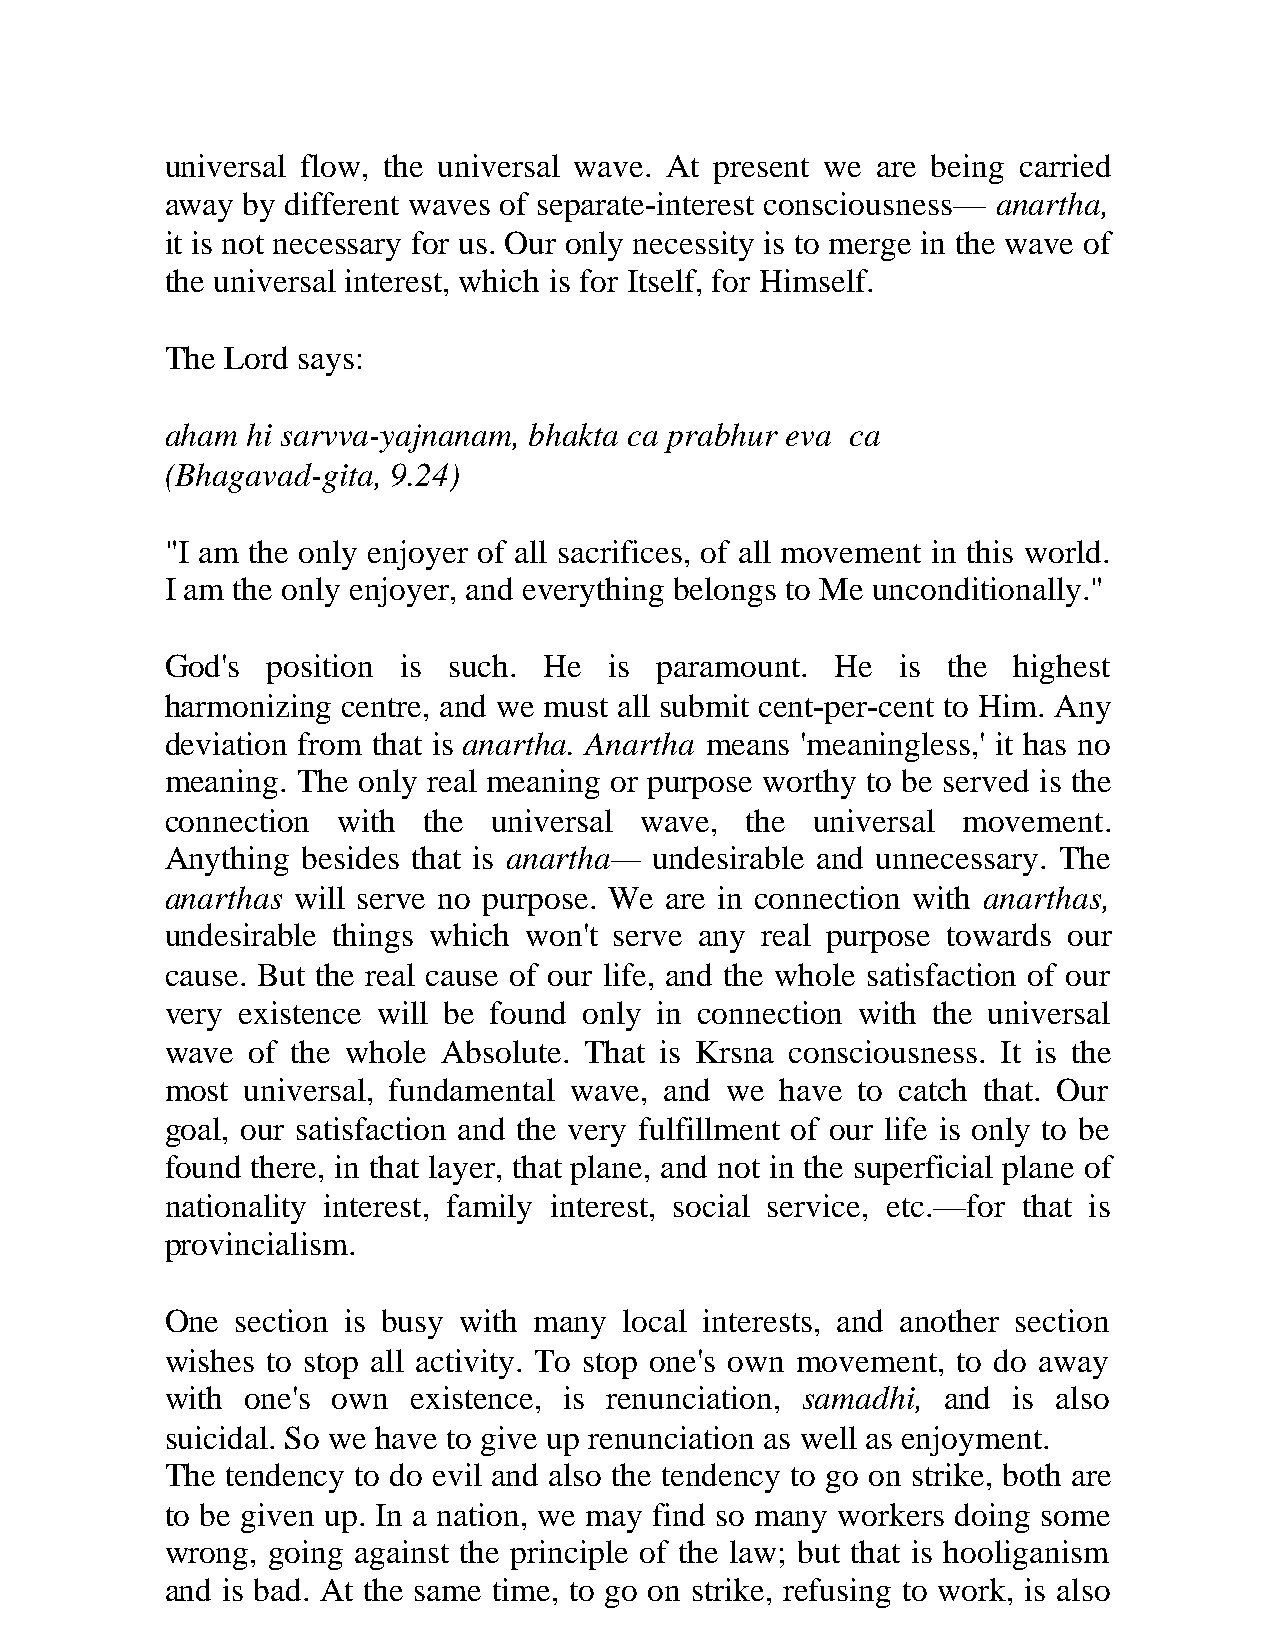
universal flow, the universal wave. At present we are being carried
 away by different waves of separate-interest consciousness— anartha,
 it is not necessary for us. Our only necessity is to merge in the wave of
 the universal interest, which is for Itself, for Himself.
 The Lord says:
 aham hi sarvva-yajnanam, bhakta ca prabhur eva ca
 (Bhagavad-gita, 9.24)
 "I am the only enjoyer of all sacrifices, of all movement in this world.
 I am the only enjoyer, and everything belongs to Me unconditionally."
 God's  position is such. He  is  paramount. He   is the highest
 harmonizing centre, and we must all submit cent-per-cent to Him. Any
 deviation from that is anartha. Anartha means 'meaningless,' it has no
 meaning. The only real meaning or purpose worthy to be served is the
 connection with  the  universal wave, the  universal movement.
 Anything besides that is anartha— undesirable and unnecessary. The
 anarthas will serve no purpose. We are in connection with anarthas,
 undesirable things which won't serve any real purpose towards our
 cause. But the real cause of our life, and the whole satisfaction of our
 very existence will be found only in connection with the universal
 wave of the whole Absolute. That is Krsna consciousness. It is the
 most universal, fundamental wave, and we have to catch that. Our
 goal, our satisfaction and the very fulfillment of our life is only to be
 found there, in that layer, that plane, and not in the superficial plane of
 nationality interest, family interest, social service, etc.—for that is
 provincialism.
 One  section is busy with many local interests, and another section
 wishes to stop all activity. To stop one's own movement, to do away
 with one's own  existence, is renunciation, samadhi, and is also
 suicidal. So we have to give up renunciation as well as enjoyment.
 The tendency to do evil and also the tendency to go on strike, both are
 to be given up. In a nation, we may find so many workers doing some
 wrong, going against the principle of the law; but that is hooliganism
 and is bad. At the same time, to go on strike, refusing to work, is also